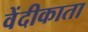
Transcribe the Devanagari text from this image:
वेंदीकाता